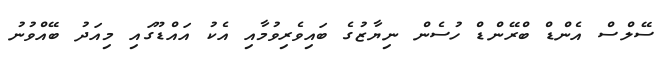
ސޭލްސް އެންޑް ބްރޭންޑް ހުސެން ނިޔާޒުގެ ބައިވެރިވުމާއި އެކު އައްޑޫގައި މިއަދު ބޭއްވުނު